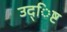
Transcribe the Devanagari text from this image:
उद्िष्ट